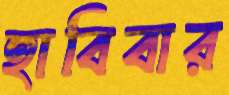
হাবিবার